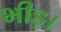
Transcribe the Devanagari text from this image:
भीड़़।